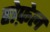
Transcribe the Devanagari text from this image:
होफ़ेल